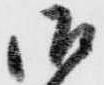
御